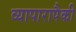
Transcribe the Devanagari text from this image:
व्यापारापैकी